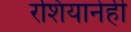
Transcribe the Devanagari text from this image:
रशियानेही